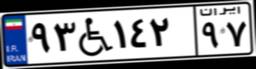
۹۳W۱۴۲۹۷